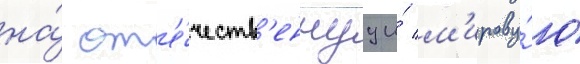
на́ от'е́честв'еннуу и́ м'ирову́ю